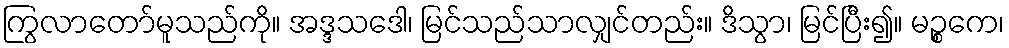
ကြွလာတော်မူသည်ကို။ အဒ္ဒသဒေါ၊ မြင်သည်သာလျှင်တည်း။ ဒိသွာ၊ မြင်ပြီး၍။ မဉ္စကေ၊